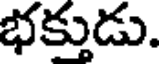
భక్తుడు.